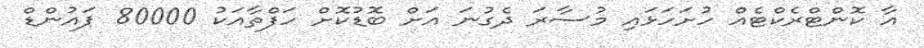
އާ ކޮންޓްރެކްޓެއް ހުށަހަޅައި މުސާރަ ދެގުނަ އަށް ބޮޑުކޮށް ހަފްތާއަކު 80000 ޕައުންޑް